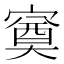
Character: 𭔕